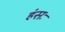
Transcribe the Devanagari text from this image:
हंसः